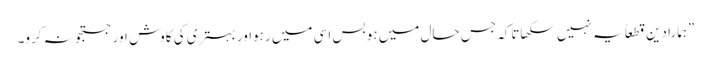
”ہمارا دین قطعاً یہ نہیں سکھاتاکہ جس حال میں ہو بس اسی میں رہواور بہتری کی کاوش اور جستجو نہ کرو۔